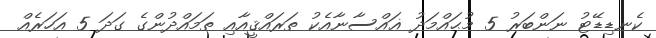
ކެނޑިޑޭޓު ނަންބަރު 5 މުޙައްމަދު ޣައްސާނާއެކު ތަރައްޤީއާއި ތަމައްދުންގެ ގަދަ 5 އަހަރެއް